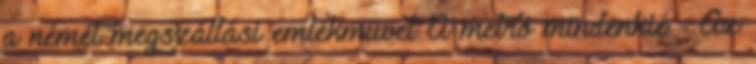
a német megszállási emlékművet A metró mindenkié - Az